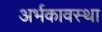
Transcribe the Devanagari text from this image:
अर्भकावस्था